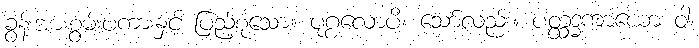
ခွန်းအားစွမ်းပကားနှင့် ပြည့်စုံသော။ ပုဂ္ဂလောပိ၊ သော်လည်း။ ပတ္ထဒ္ဓကာယော ဝါ၊